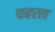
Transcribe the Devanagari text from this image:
फहरता